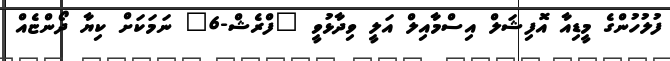
ފުލުހުންގެ މީޑިއާ އޮފިޝަލް އިސްމާއިލް އަލީ ވިދާޅުވީ "ފްރެޝް-6" ނަމަކަށް ކިޔާ ދޯންޏެއް